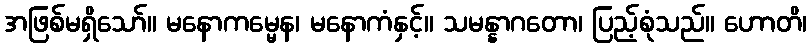
အဖြစ်မရှိသော်။ မနောကမ္မေန၊ မနောကံနှင့်။ သမန္နာဂတော၊ ပြည့်စုံသည်။ ဟောတိ၊